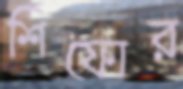
শিফোর